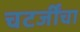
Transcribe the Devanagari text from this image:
चटर्जींचा